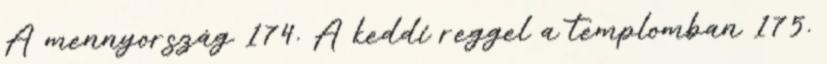
A mennyország 174. A keddi reggel a templomban 175.